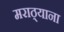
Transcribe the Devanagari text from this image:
मराठ्याना